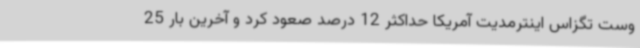
وست تگزاس اینترمدیت آمریکا حداکثر 12 درصد صعود کرد و آخرین بار 25